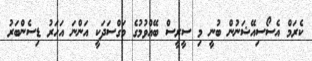
ކެރަމް އެސޯސިއޭޝަނުން ބުނީ މި ސީރީސް ބޭއްވުމުގެ މަގްސަދަކީ އަންނަ އަހަރު ޑިސެންބަރު